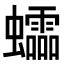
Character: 𧕅